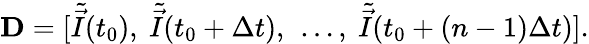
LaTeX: \mathbf{D}=[\tilde{\vec{I}}(t_{0}),\ \tilde{\vec{I}}(t_{0}+\Delta t),\ \dots,\ \tilde{\vec{I}}(t_{0}+(n-1)\Delta t)].